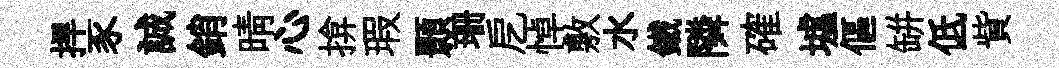
捍豕誠銷晴心揜瑕顥珊戹悼敷水鐵隣確墟傴缾低貲